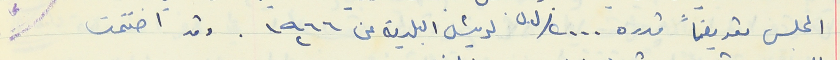
المجلس تعويضاً قدره ٢٠٠٠/ ل.ل لرئيس البلدية عن ١٩٦٦ وقد اختتمت